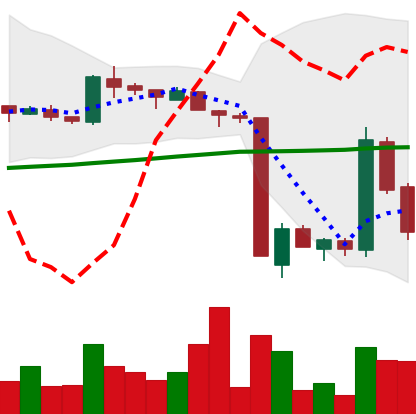
Ticker: LTC-USD
Chart end date: 2016-01-22
Forward return: 6.854%
Label: up_5_7